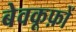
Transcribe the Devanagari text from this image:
बेवकूफ़ों